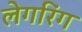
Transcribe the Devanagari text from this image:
लेगरिंग